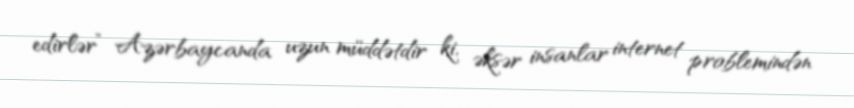
edirlər” Azərbaycanda uzun müddətdir ki, əksər insanlar internet problemindən